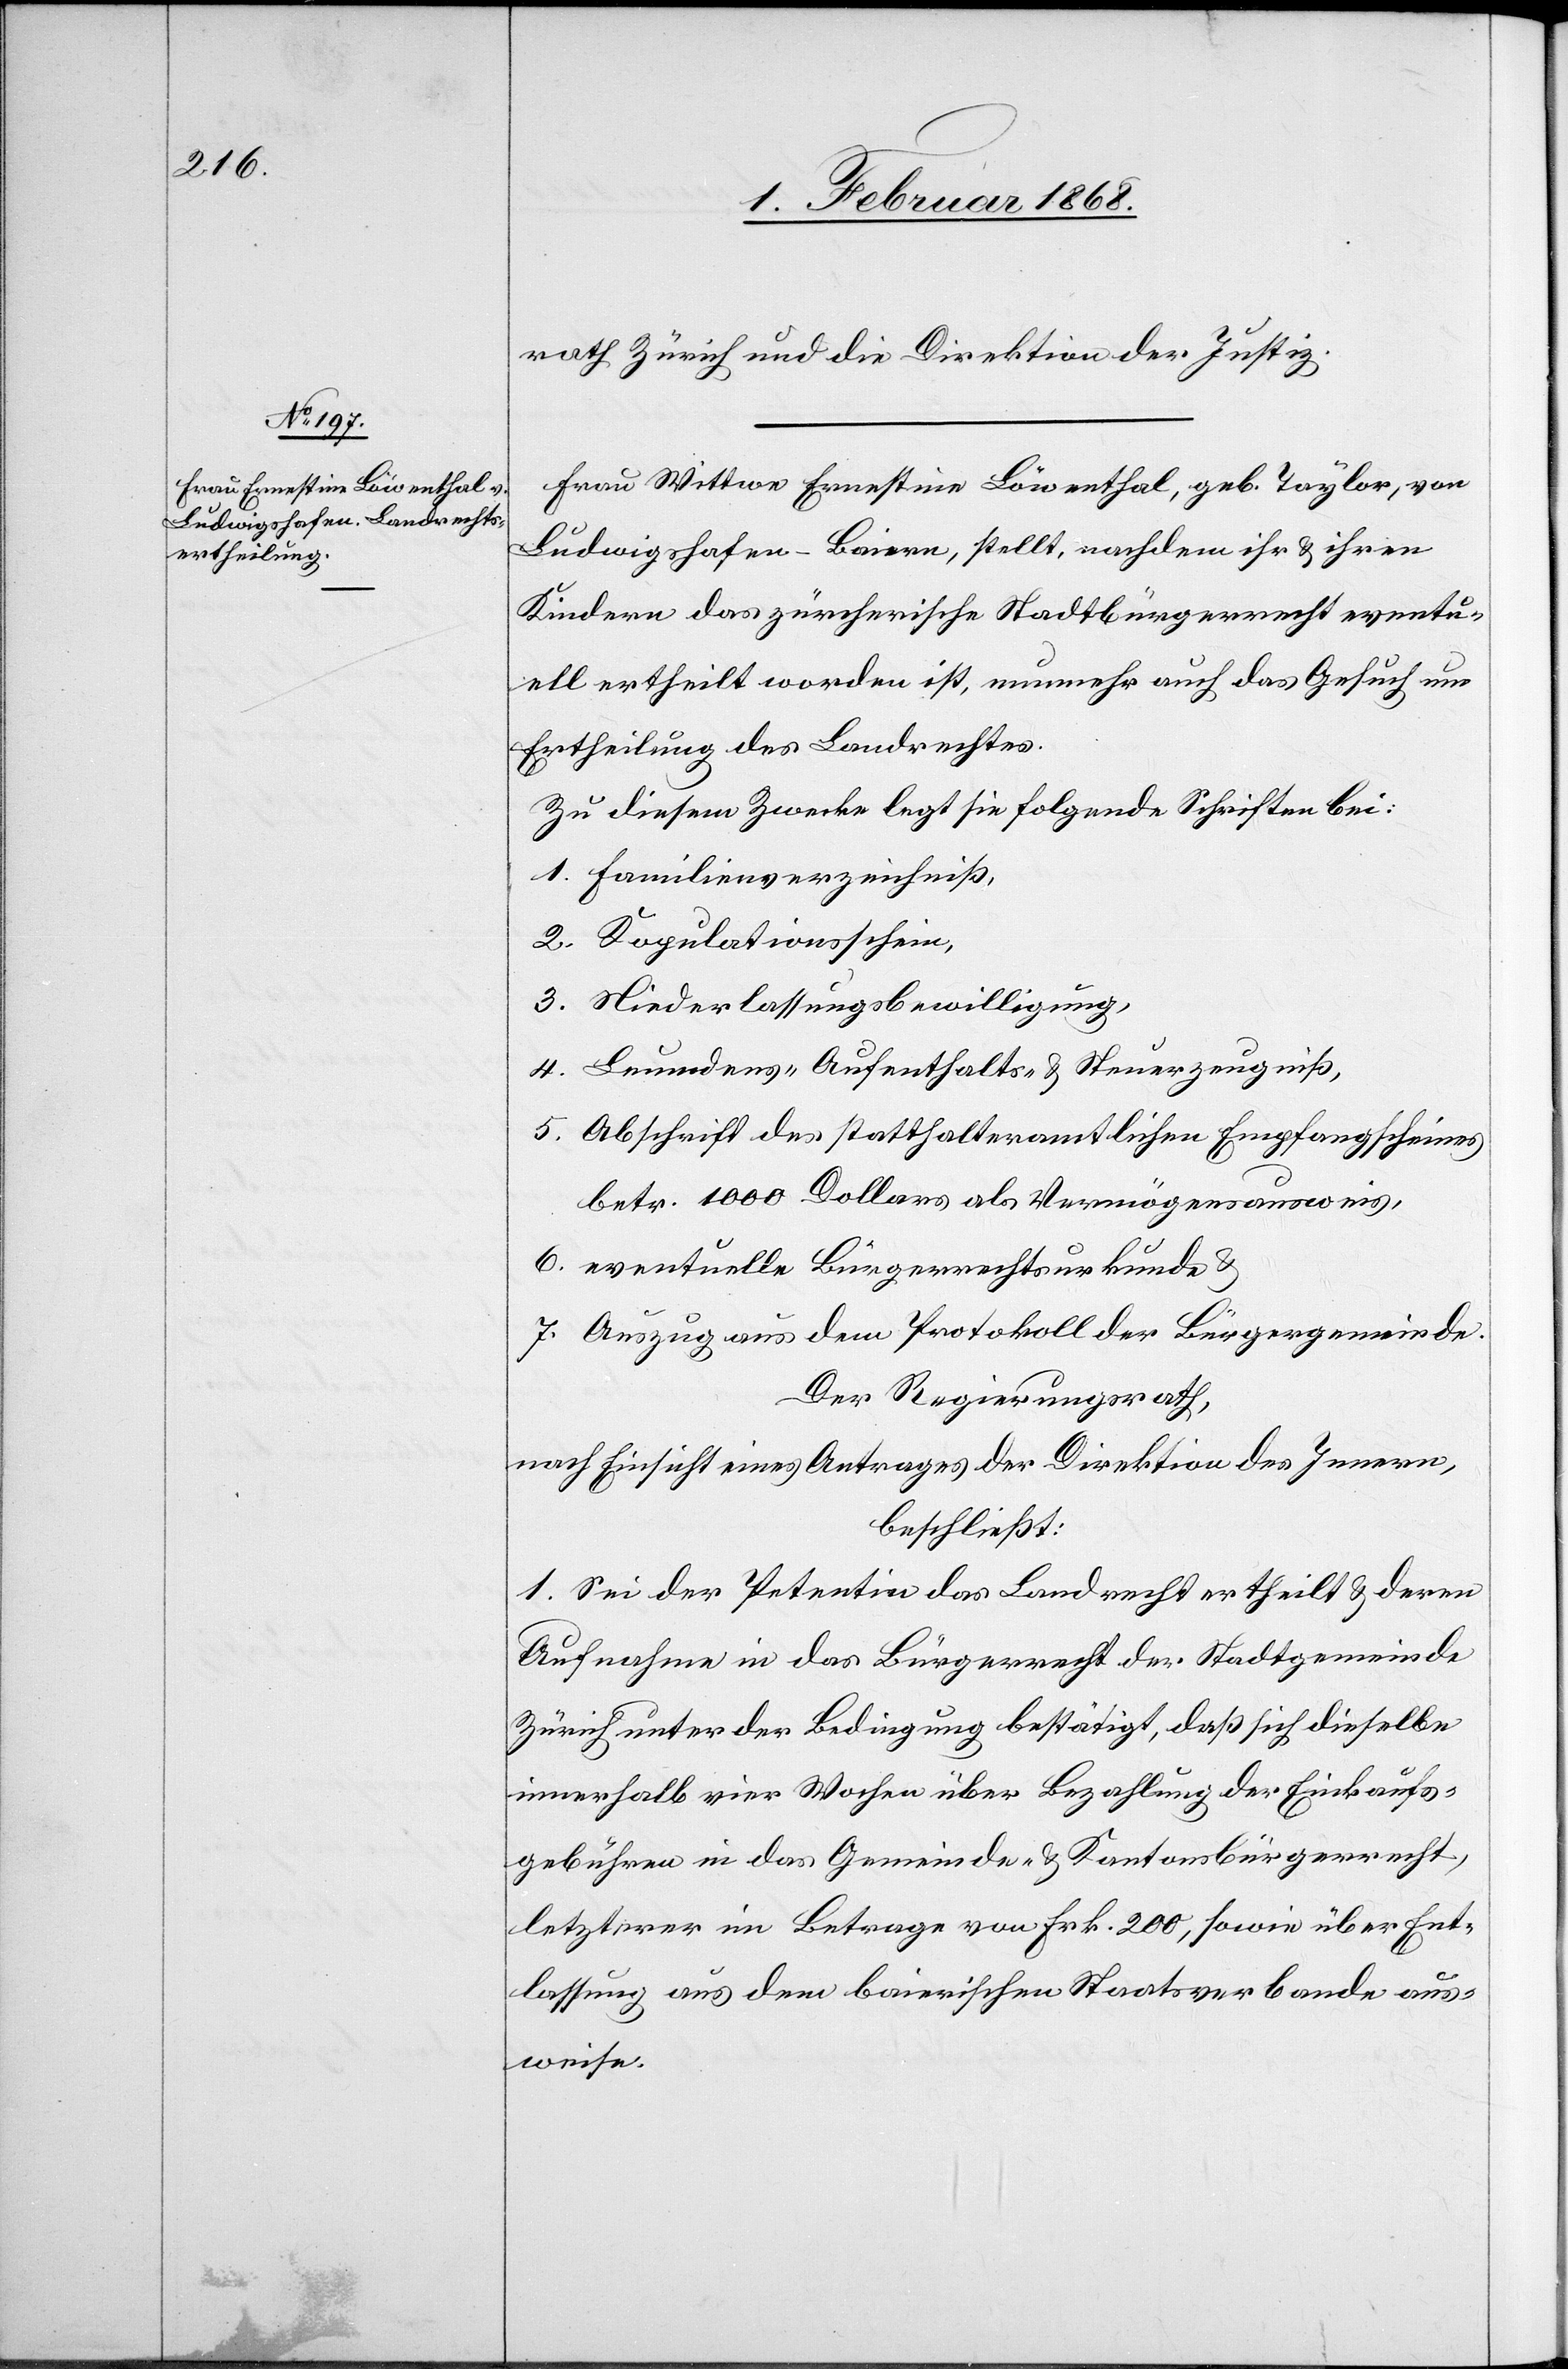
5.

rath Zürich und die Direktion der Justiz.
Frau Wittwe Ernestine Löwenthal, geb. Taylor, von
Ludwigshafen – Baiern, stellt, nachdem ihr & ihren
Kindern das zürcherische Stadtbürgerrecht eventu¬
ell ertheilt worden ist, nunmehr auch das Gesuch um
Ertheilung des Landrechtes.
Zu diesem Zwecke legt sie folgende Schriften bei:
Familienverzeichniß,
Kopulationsschein,
Niederlassungsbewilligung,
Leumdens-[,] Aufenthalts- & Steuerzeugniß,
Abschrift des statthalteramtlichen Empfangscheines
betr. 1000 Dollars als Vermögensausweis,
eventuelle Bürgerrechtsurkunde &
Auszug aus dem Protokoll der Bürgergemeinde.
Der Regierungsrath,
nach Einsicht eines Antrages der Direktion des Innern,
beschließt:
1. Sei der Petentin das Landrecht ertheilt & deren
Aufnahme in das Bürgerrecht der Stadtgemeinde
Zürich unter der Bedingung bestätigt, daß sich dieselbe
innerhalb vier Wochen über Bezahlung der Einkaufs¬
gebühren in das Gemeinde- & Kantonsbürgerrecht,
letzterer im Betrage von Frk. 200, sowie über Ent¬
lassung aus dem baierischen Staatsverbande aus¬
weise.